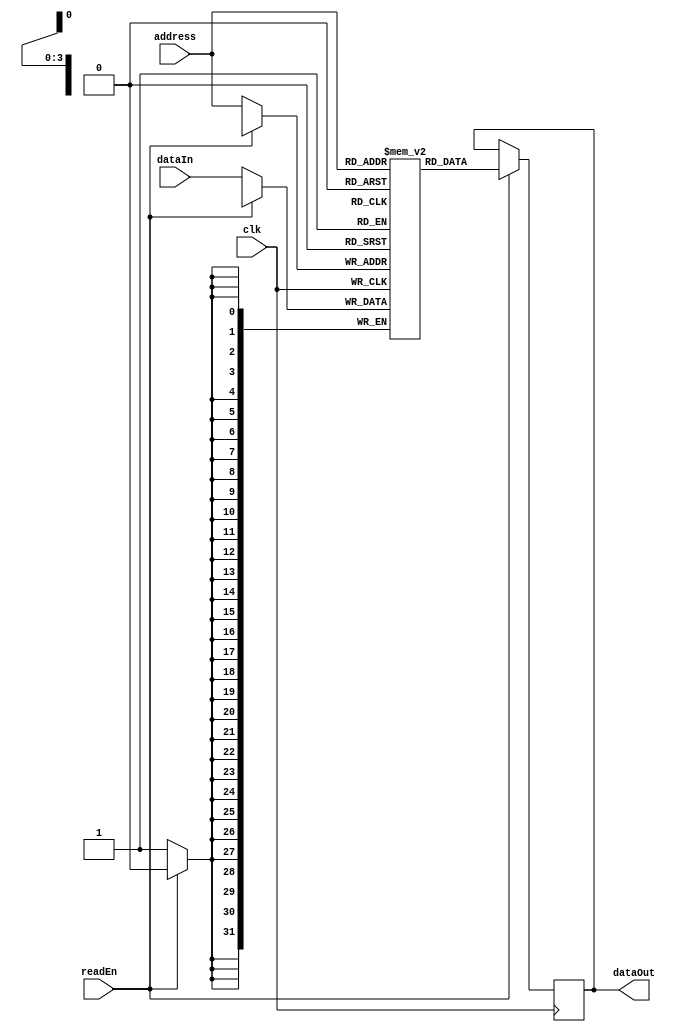
module RegisterFile (
    input wire clk,
    input wire [3:0] address,
    input wire [31:0] dataIn,

    input wire readEn,
    output reg [31:0] dataOut
);

reg [31:0] registers [15:0]; // defining 16 registers

always @(posedge clk) begin
    if (readEn) begin
        dataOut <= registers[address];
    end
    else begin
        registers[address] <= dataIn;
    end
end

endmodule